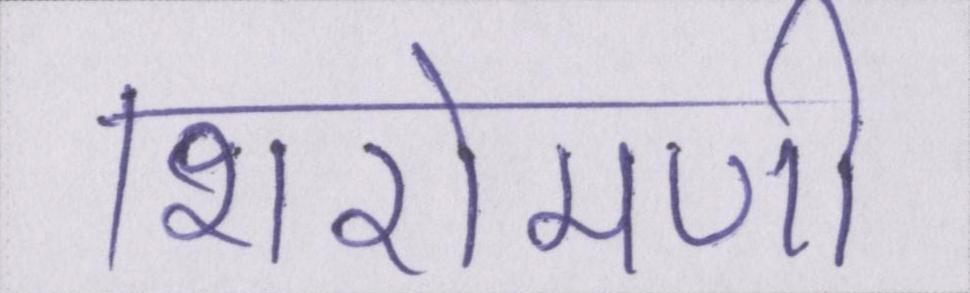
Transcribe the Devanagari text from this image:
शिरोमणी